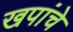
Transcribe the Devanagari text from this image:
खपांचे